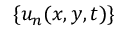
\{ u _ { n } ( x , y , t ) \}